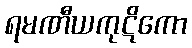
ရမဏီယကုဋိကော